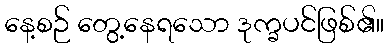
နေ့စဉ် တွေ့နေရသော ဒုက္ခပင်ဖြစ်၏။